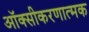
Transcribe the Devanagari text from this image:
ऑक्सीकरणात्मक